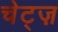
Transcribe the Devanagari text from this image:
चेट्ज़